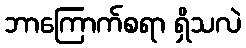
ဘာကြောက်စရာ ရှိသလဲ